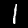
Digit: 1